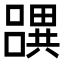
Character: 𤳧